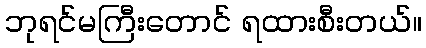
ဘုရင်မကြီးတောင် ရထားစီးတယ်။